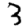
Digit: 3